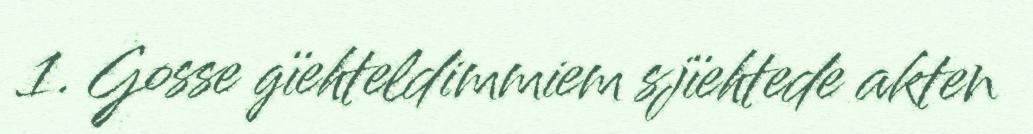
1. Gosse gïehteldimmiem sjïehtede akten